Problem: 59 + 27 = ?
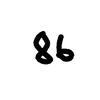
Handwritten answer: 86